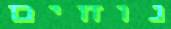
נוחים